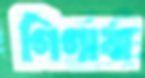
গিগাবা